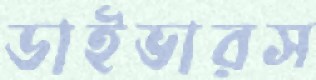
ডাইভারস